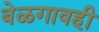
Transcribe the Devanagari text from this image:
बेळगावही